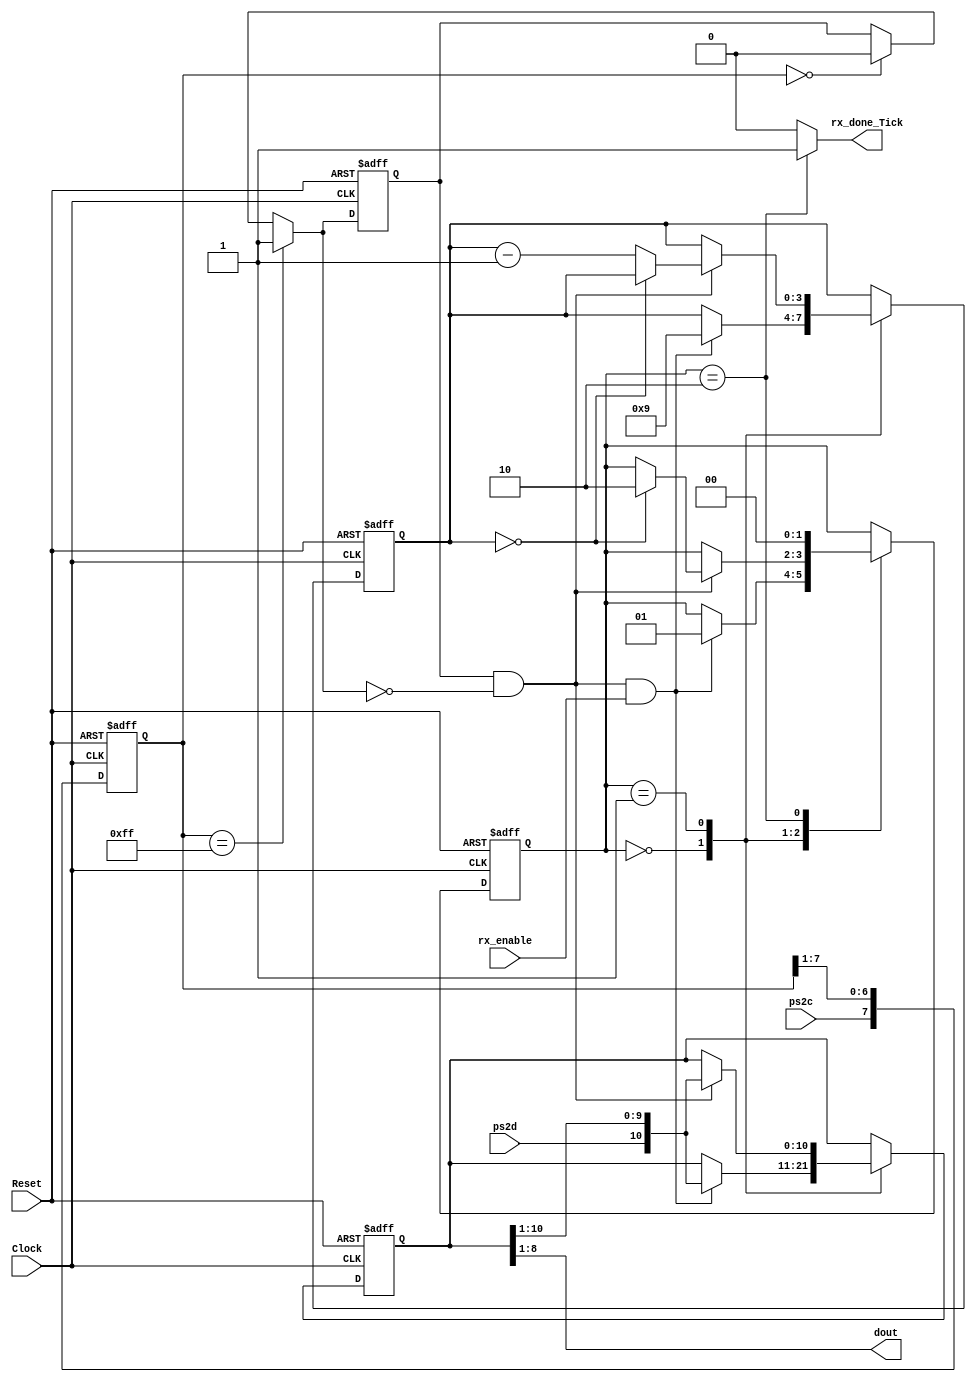
`timescale 1ns / 1ps
//////////////////////////////////////////////////////////////////////////////////
// Company: 
// Engineer: 
// 
// Design Name: 
// Module Name:    Modulo_Recepcion_PS2 
// Project Name: 
// Target Devices: 
// Tool versions: 
// Description: 
//
// Dependencies: 
//
// Revision: 
// Revision 0.01 - File Created
// Additional Comments: 
//
//////////////////////////////////////////////////////////////////////////////////
module Modulo_Recepcion_PS2(
input wire Clock, Reset,
input wire ps2d, ps2c, rx_enable,
output reg rx_done_Tick,
output wire [7:0] dout
//output wire reg_b_0
    );

// Declaracion de estados de la maquina
localparam [1:0] 
           idle = 2'b00,
           dps = 2'b01,
           load = 2'b10;

reg [1:0] state_reg, state_next;	
reg [7:0] filter_reg;
wire [7:0] filter_next; 
reg  f_ps2c_reg;
wire f_ps2c_next;
reg [3:0] n_reg, n_next;
reg [10:0] b_reg, b_next;
wire fall_edge;

// circuito detector de flanco negativo 

always @(posedge Clock, posedge Reset)
  if (Reset)
     begin 
	        filter_reg <= 0 ;
			  f_ps2c_reg <= 0 ;
	  end   
  else 
     begin 
	       filter_reg <= filter_next ;
			 f_ps2c_reg <= f_ps2c_next ;
			end 
	assign filter_next =  {ps2c,filter_reg[7:1]};
   assign f_ps2c_next =  (filter_reg==8'b11111111) ? 1'b1 :
		                   (filter_reg==8'b00000000) ? 1'b0 :
								  f_ps2c_reg;
								  
	assign fall_edge = f_ps2c_reg & ~ f_ps2c_next ; 
		
		
// FSMD state & data register 
always @(posedge Clock,posedge Reset)
    if (Reset)
        begin
	     state_reg <= idle;
	     n_reg <= 0;
	     b_reg <= 0;
		  end
	  else 
	      begin 
			state_reg <= state_next;
			n_reg <= n_next;
			b_reg <= b_next;
			end 
	 
always @*
begin 
     state_next = state_reg;
     rx_done_Tick = 1'b0;
     n_next = n_reg;
     b_next = b_reg;
	  case(state_reg)
	           
		 idle: 
				    if(fall_edge & rx_enable )
					 begin 
					 b_next = {ps2d,b_reg[10:1]};
					 n_next = 4'b1001;
					 state_next = dps;
					 end 
       dps:
		          if(fall_edge)
					 begin 
					       b_next = {ps2d,b_reg[10:1]};
							 if (n_reg==0)
							     state_next = load;
							else     
					          n_next = n_reg - 4'b0001; 
					  end
		 load:
		       begin 
				      rx_done_Tick = 1'b1;
				      state_next = idle;
						 
				 end 
	  endcase 	
end 
						
assign dout = b_reg [8:1];		
//assign reg_b_0 = b_reg [0];
endmodule